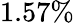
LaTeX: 1.57\%